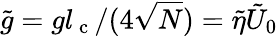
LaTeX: \tilde{g}=gl_{\mathrm{~c~}}/(4\sqrt{N})=\tilde{\eta}\tilde{U}_{0}